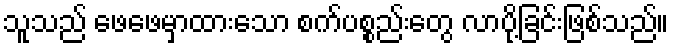
သူသည် ဖေဖေမှာထားသော စက်ပစ္စည်းတွေ လာပို့ခြင်းဖြစ်သည်။